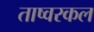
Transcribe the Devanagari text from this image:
ताष्वरकल